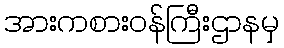
အားကစားဝန်ကြီးဌာနမှ